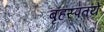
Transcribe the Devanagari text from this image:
बृहस्पतये